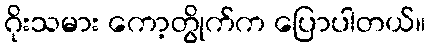
ဂိုးသမား ကော့တွိုက်က ပြောပါတယ်။